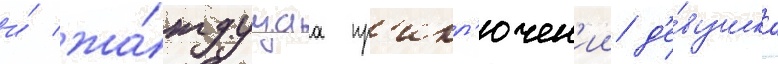
и́ жа́ждущаа пр'икл'ючен'ии д'е́вушка